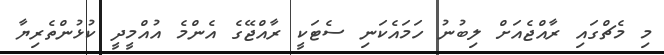
މި މެޗްގައި ރާއްޖެއަށް ލިބުނު ހަމައެކަނި ސެޓަކީ ރާއްޖޭގެ އެންމެ އުއްމީދީ ކުޅުންތެރިޔާ